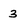
Character: 3